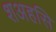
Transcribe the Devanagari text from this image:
शअहसि